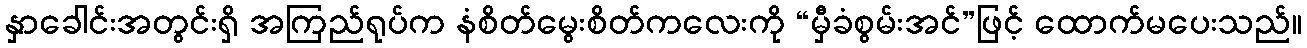
နှာခေါင်းအတွင်းရှိ အကြည်ရုပ်က နံစိတ်မွေးစိတ်ကလေးကို “မှီခံစွမ်းအင်”ဖြင့် ထောက်မပေးသည်။